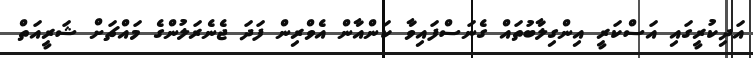
އަދިކުރީގައި އަސްކަރީ އިންގިލާބުތައް ގެނަސްފައިވާ ކަންއާން އެވްރިން ފަދަ ޖެނެރަލުންގެ މައްޗަށް ޝަރީއަތް